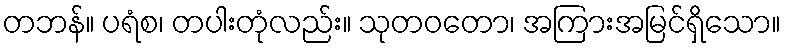
တဘန်။ ပရံစ၊ တပါးတုံလည်း။ သုတဝတော၊ အကြားအမြင်ရှိသော။